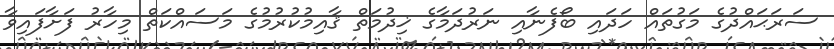
ސަރަޙައްދުގެ މަގުތައް ހަދައި ބޯފެނާއި ނަރުދަމާގެ ޚިދުމަތް ޤާއިމުކުރުމުގެ މަސައްކަތް މިހާރު ފަށާފައިވާ